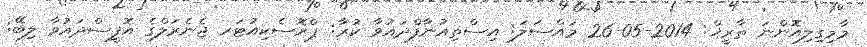
މާމިގިލިއޮންނަ ތާރީޚް: 2014-05-26 މައްސަލަ: އިސްތިއުނާފްދައުވާ ކުރާ: ޕްރޮސެކިއުޓަރ ޖެނެރަލްގެ އޮފީސްދައުވާ ލިބޭ: